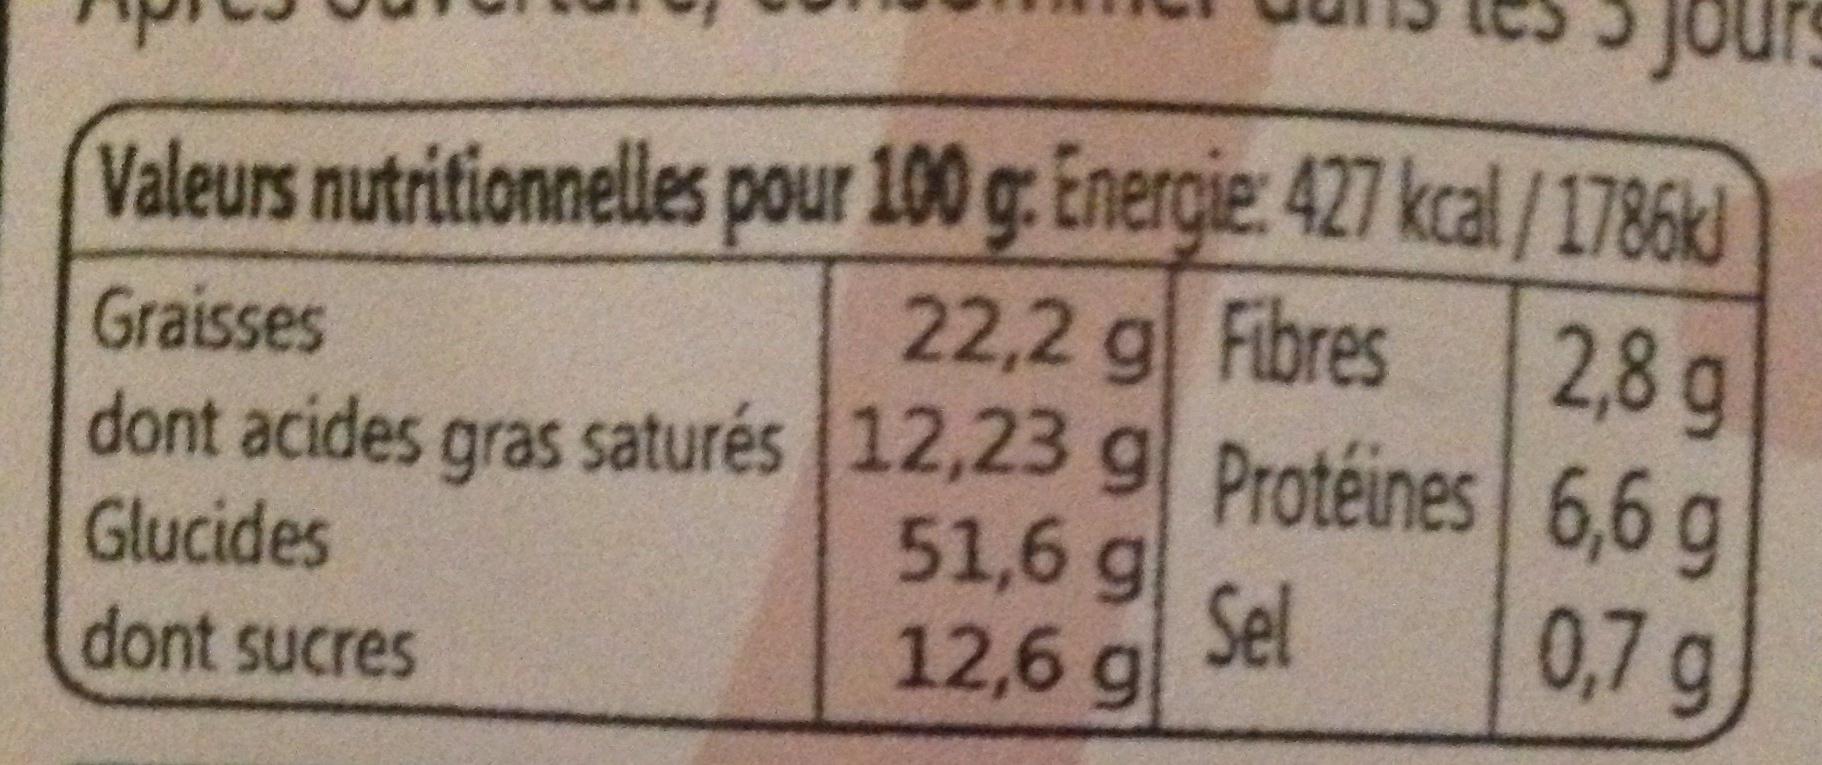
Valeurs nutritionnelles pour 100 g: Energie: 427 kcal/1786kJ
22,2 g Fibres
Graisses
dont acides gras saturés
Glucides
dont sucres
12,23 g 51,6 g
12,6 g
Protéines
jours
Sel
6,6 g 2,8 g
0,7 g